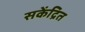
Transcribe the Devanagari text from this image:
सकेंद्रित